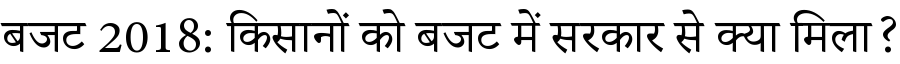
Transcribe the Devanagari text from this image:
बजट 2018: किसानों को बजट में सरकार से क्या मिला?